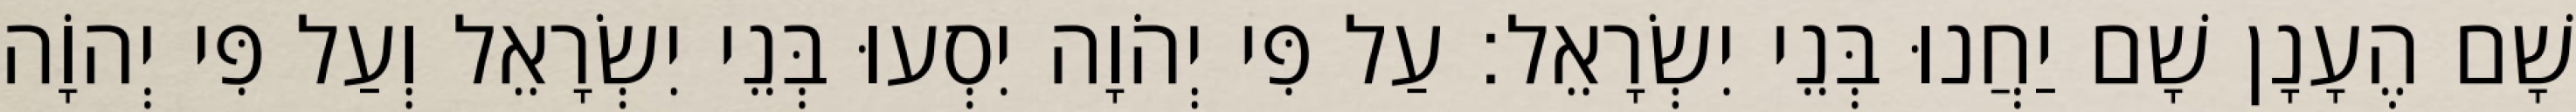
שָׁם הֶעָנָן שָׁם יַחֲנוּ בְּנֵי יִשְׂרָאֵל׃ עַל פִּי יְהֹוָה יִסְעוּ בְּנֵי יִשְׂרָאֵל וְעַל פִּי יְהוָֹה